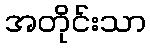
အတိုင်းသာ